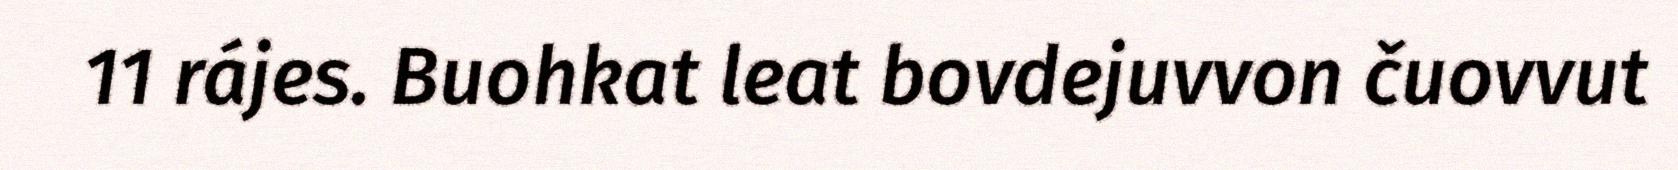
11 rájes. Buohkat leat bovdejuvvon čuovvut